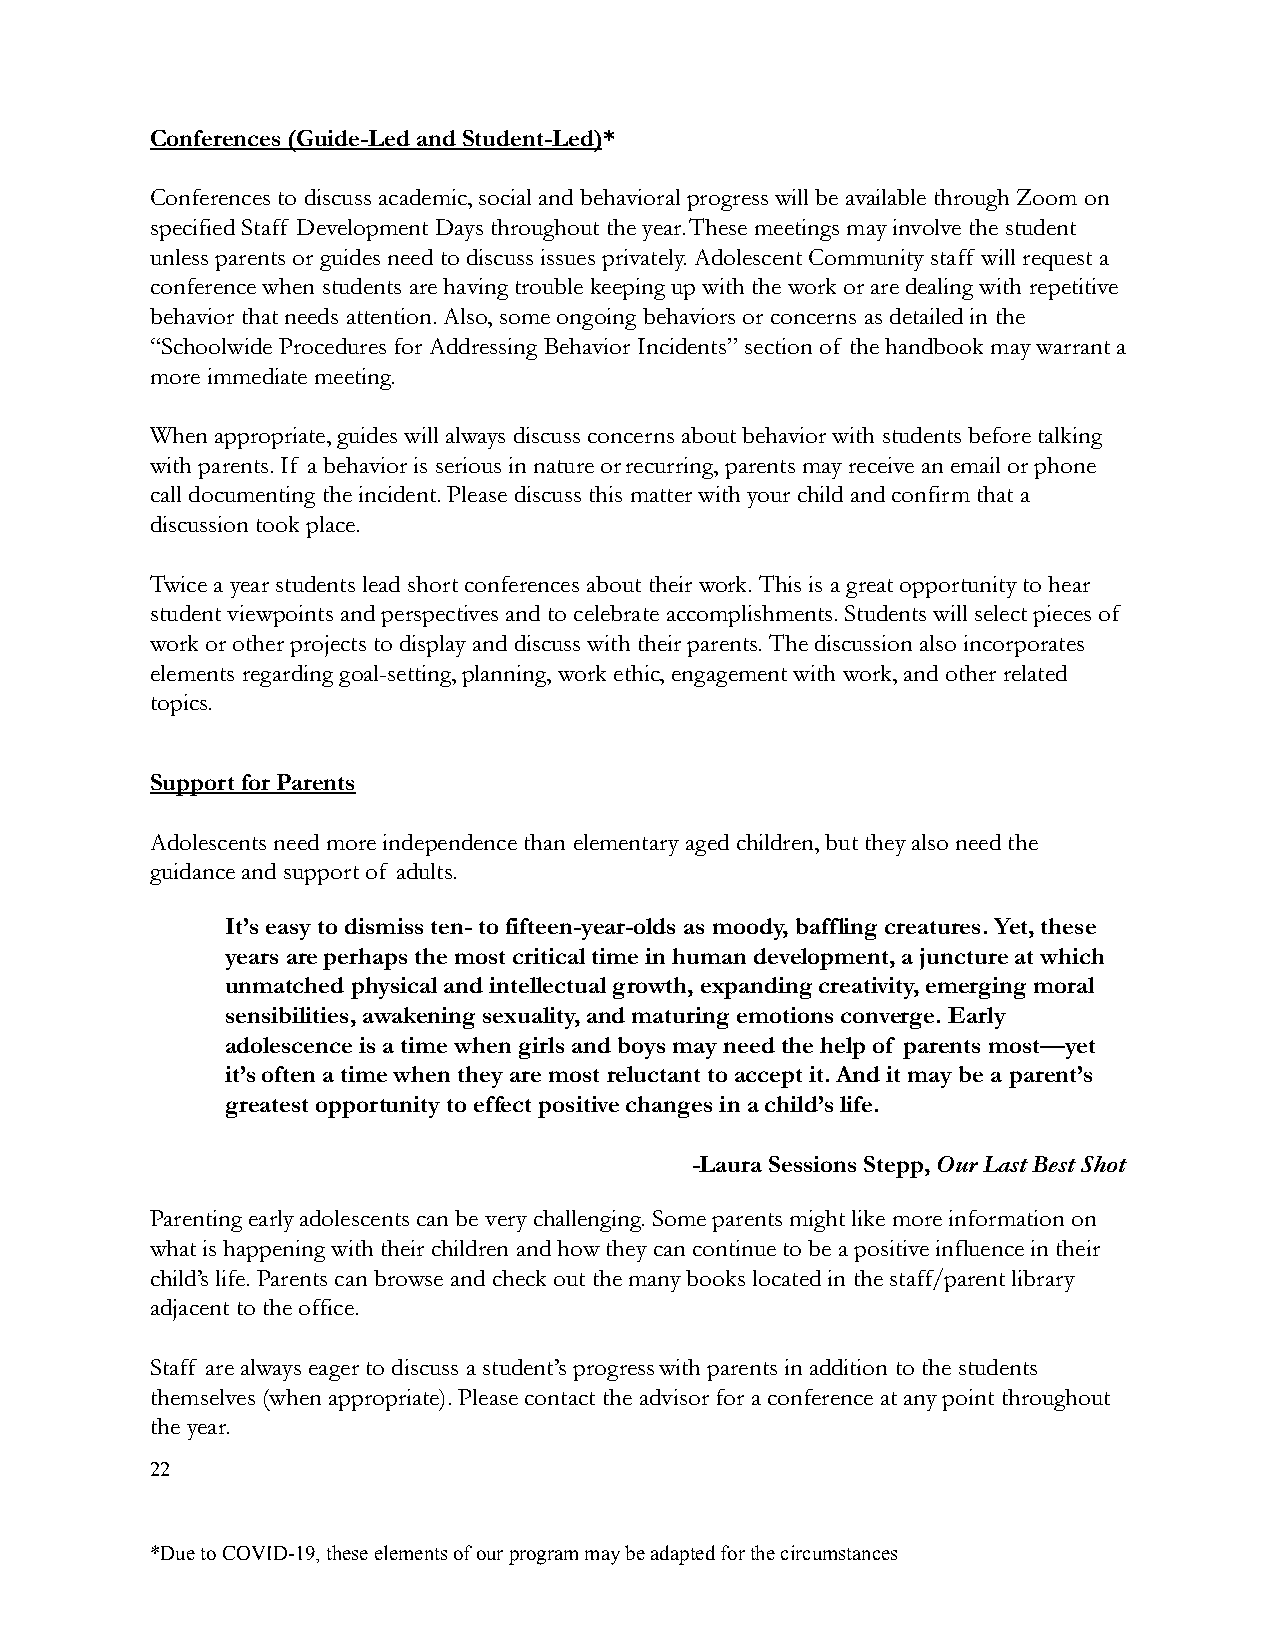
Conferences (Guide-Led and Student-Led)*
 Conferences to discuss academic, social and behavioralprogress will be available through Zoom on
 specified Staff Development Days throughout the year.These meetings may involve the student
 unless parents or guides need to discuss issues privately.Adolescent Community staff will request a
 conference when students are having trouble keepingup with the work or are dealing with repetitive
 behavior that needs attention. Also, some ongoing behaviors or concerns as detailed in the
 “Schoolwide Procedures for Addressing Behavior Incidents”section of the handbook may warrant a
 more immediate meeting.
 When appropriate, guides will always discuss concerns about behavior with students before talking
 with parents. If a behavior is serious in nature orrecurring, parents may receive an email or phone
 call documenting the incident. Please discuss thismatter with your child and confirm that a
 discussion took place.
 Twice a year students lead short conferences abouttheir work. This is a great opportunity to hear
 student viewpoints and perspectives and to celebrate accomplishments. Students will select pieces of
 work or other projects to display and discuss with their parents. The discussion also incorporates
 elements regarding goal-setting, planning, work ethic, engagement with work, and other related
 topics.
 Support for Parents
 Adolescents need more independence than elementaryaged children, but they also need the
 guidance and support of adults.
 It’s easy to dismiss ten- to fifteen-year-olds asmoody, baffling creatures. Yet, these
 years are perhaps the most critical time in human development, a juncture at which
 unmatched physical and intellectual growth, expanding creativity, emerging moral
 sensibilities, awakening sexuality, and maturing emotionsconverge. Early
 adolescence is a time when girls and boys may need the help of parents most—yet
 it’s often a time when they are most reluctant to accept it. And it may be a parent’s
 greatest opportunity to effect positive changes ina child’s life.
 -Laura Sessions Stepp,Our Last Best Shot
 Parenting early adolescents can be very challenging. Some parents might like more information on
 what is happening with their children and how theycan continue to be a positive influence in their
 child’s life. Parents can browse and check out themany books located in the staff/parent library
 adjacent to the office.
 Staff are always eager to discuss a student’s progresswith parents in addition to the students
 themselves (when appropriate). Please contact the advisor for a conference at any point throughout
 the year.
 22
 *Due to COVID-19, these elements of our program maybe adapted for the circumstances